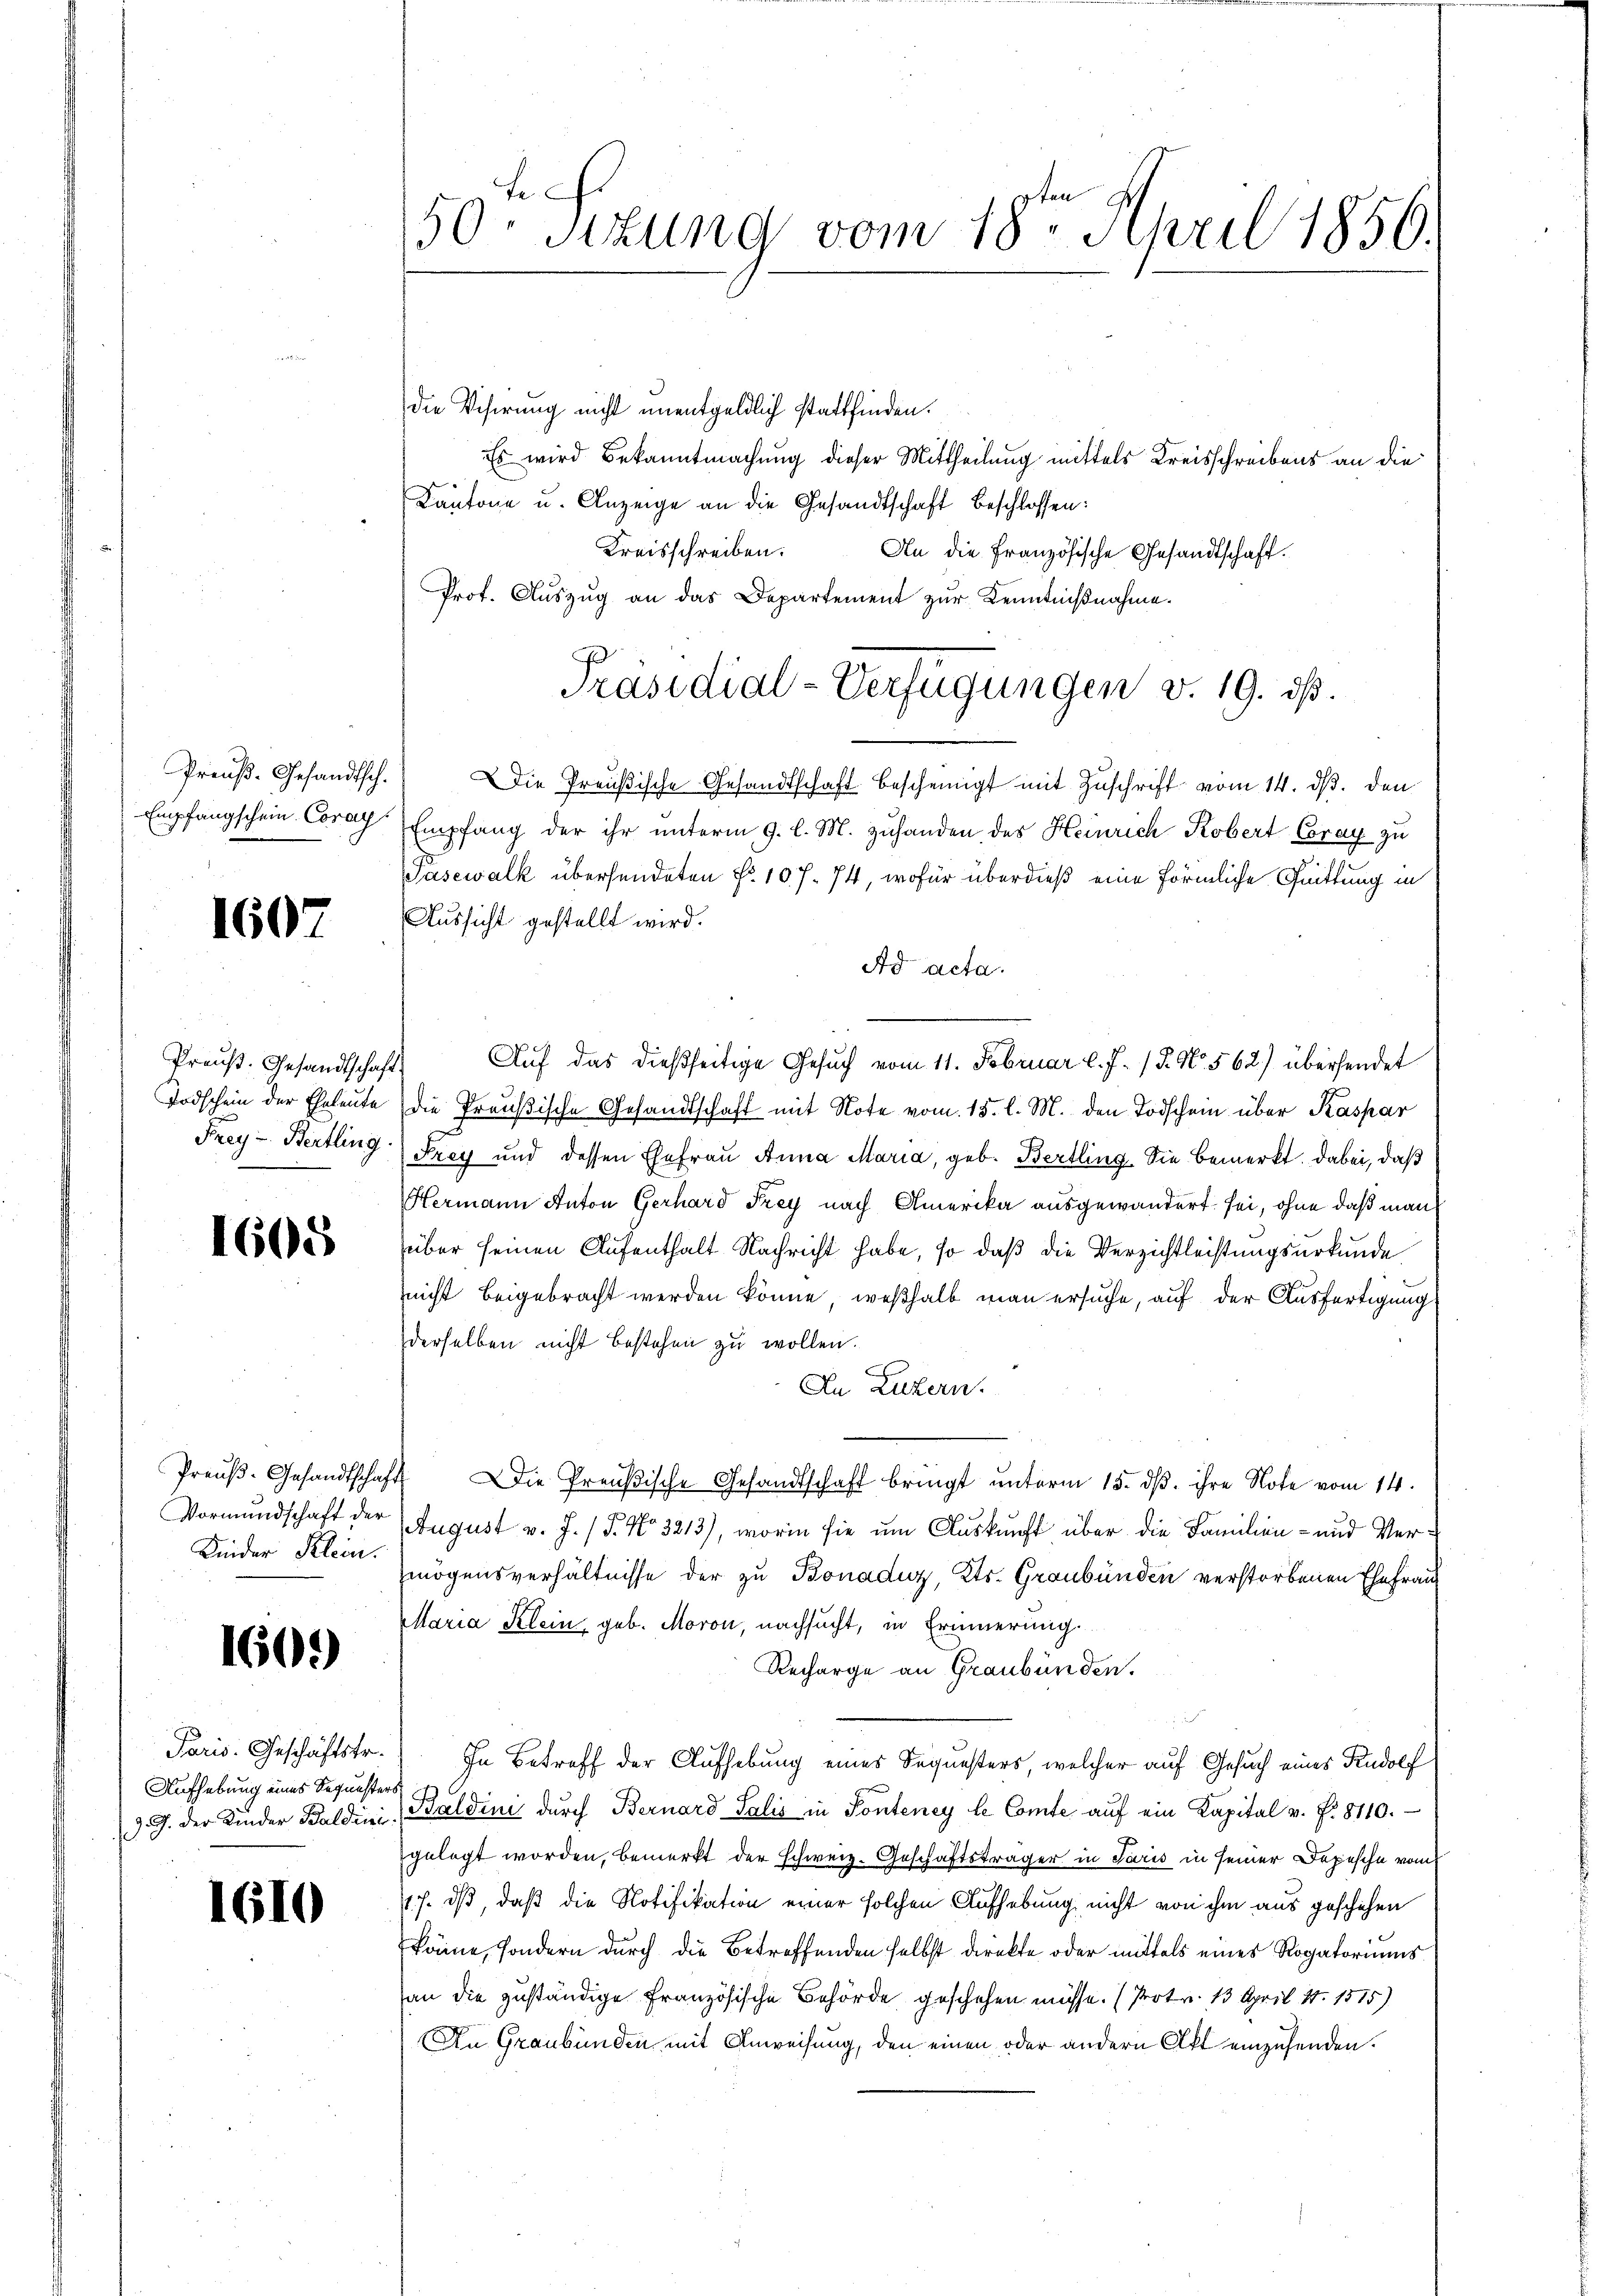
Preuß. Gesandtsch.
Empfangschein Corar

1607

Preuß. Gesandtschaft
Todschein der Eheleute
Frey Bertling

1605

Preuß. Gesandtscha
Vormundschaft der
Kinder Klein.

1609

Paris. Geschäftstr.
Aufhebung eines Regunster
J. J. der Kinder Baldini

1610

50. Sitzung vom 18. April 1856.

die Visirung nicht unentgeldlich stattfinden.
Es wird Bekanntmachung dieser Mittheilung mittels Kreisschreibens an die
Kantone u. Anzeige an die Gesandtschaft beschlossen:
Kreisschreiben.
An die Französische Gesandtschaft.
Prof. Aŭszŭg an das Departement zŭr Kenntnißnahme.
Die Preußische Gesandtschaft bescheinigt mit Zuschrift vom 14. ds. den
Empfang der ihr unterm 9. l. M. zuhanden des Heinrich Kobert Coray zu
Pasewalk übersendeten Fr. 10 f. 74, wofür überdieß eine förmliche Quittung in
Aussicht gestellt wird.
Ad acta.
Auf das dießseitige Gesuch vom 11. Februar l. J. 18. No. 562) übersendet
die Preußische Gesandtschaft mit Note vom 15. l. M. den Todschein über Kaspar
Frey und dessen Ehefrau Anna Maria, geb. Bertling. Sie bemerkt. Dabei, daß
Hermann Anton Gerhard Frey nach Amerika ausgewandert sei, ohne daß man
über seinen Aufenthalt Nachricht habe, so daß die Verzichtleistungsurkunde
nicht beigebracht werden könne, weßhalb man ersuche, auf der Ausfertigung
derselben nicht bestehen zu wollen.
An Luzern.
Die Preußische Gesandtschaft bringt unterm 15. dß. ihre Note vom 14.
August v. J. (T. No 3213), worin sie um Auskunft über die Familien- und Vermögensverhältnisse der zu Bonaduz, Kts. Graubünden verstorbenen Ehefrau
Maria Klein geb. Moron, nachsucht, in Erinnerung.
Recharge an Graubünden.
a
In Betreff der Aufhebung eines Sequesters, welcher auf Gesuch eines Rudolf
Baldini dŭrch Bernard Salis in Ponteney le Comte aŭf ein Kapital v. P. 8110.
gelegt worden, bemerkt der Schweiz. Geschäftsträger in Paris in seiner Depesche vom
1.J. dß, daß die Notifikation einer solchen Aufhebung nicht von ihm aus geschehen
käme, sondern durch die Betreffenden selbst direkte oder mittels eines Rogatoriums
an die zuständige Französische Behörde geschehen müsse. (Protr. 13. April 18. 1575)
An Graubünden mit Anweisung, den einen oder andern Akt einzusenden.

Präsidial-Verfügungen v. 19. ds.